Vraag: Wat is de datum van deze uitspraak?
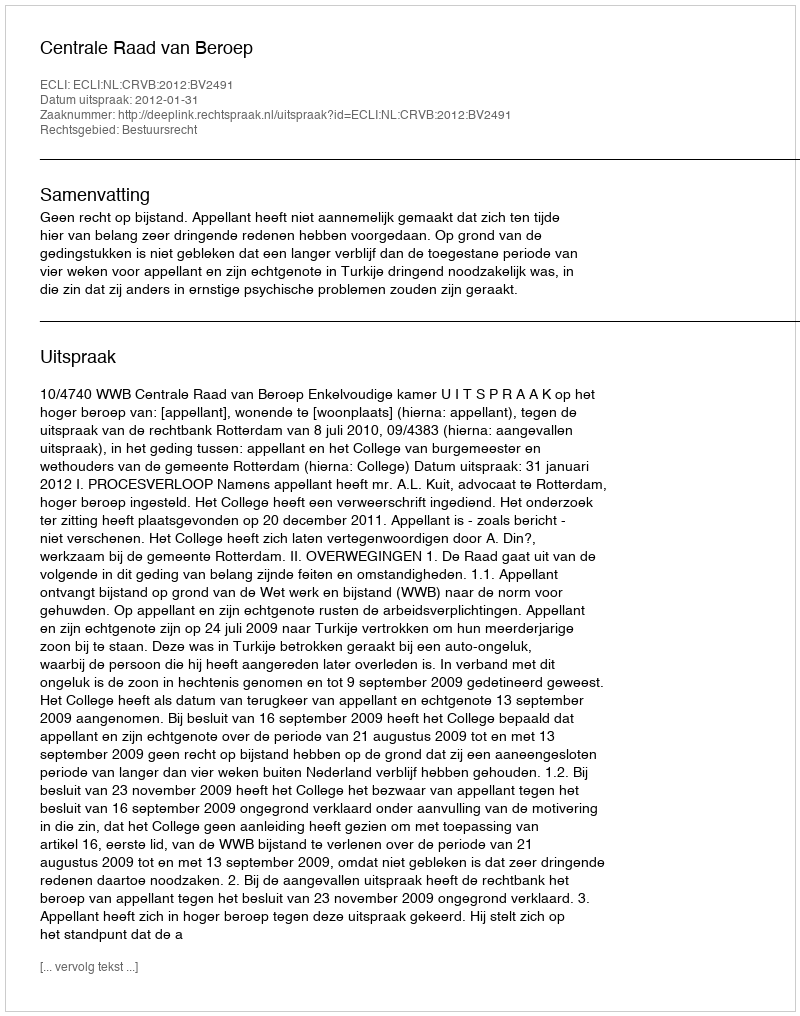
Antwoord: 2012-01-31